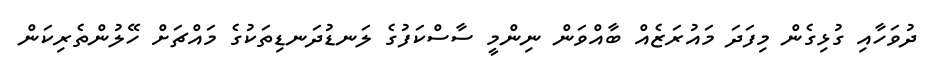
ދުވަހާއި ގުޅިގެން މިފަދަ މައުރަޒެއް ބާއްވަން ނިންމީ ސާސްކަފުގެ ލަނޑުދަނޑިތަކުގެ މައްޗަށް ހޭލުންތެރިކަން